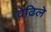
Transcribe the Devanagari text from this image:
वेढिले